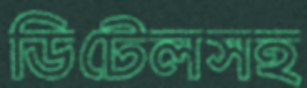
ডিটেলসহ